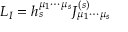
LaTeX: { \cal L } _ { I } = h _ { s } ^ { \mu _ { 1 } \cdots \mu _ { s } } { \cal J } _ { \mu _ { 1 } \cdots \mu _ { s } } ^ { ( s ) }